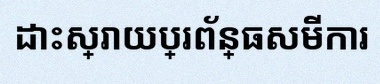
ដោះស្រាយប្រព័ន្ធសមីការ